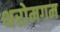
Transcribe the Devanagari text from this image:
थरोमगम